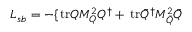
{ \cal L } _ { s b } = - \{ \mathrm { \, t r } Q M _ { Q } ^ { 2 } Q ^ { \dagger } + \mathrm { \, t r } \bar { Q } ^ { \dagger } M _ { \bar { Q } } ^ { 2 } \bar { Q }